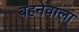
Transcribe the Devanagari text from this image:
बहनेवाला